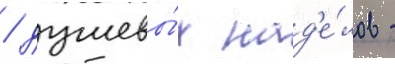
/ душевы́х над'е́лов -